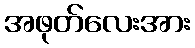
အဖုတ်လေးအား